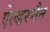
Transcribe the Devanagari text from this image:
ऐल्डरमैन